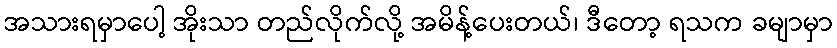
အသားရမှာပေါ့ အိုးသာ တည်လိုက်လို့ အမိန့်ပေးတယ်၊ ဒီတော့ ရသက ခမျာမှာ